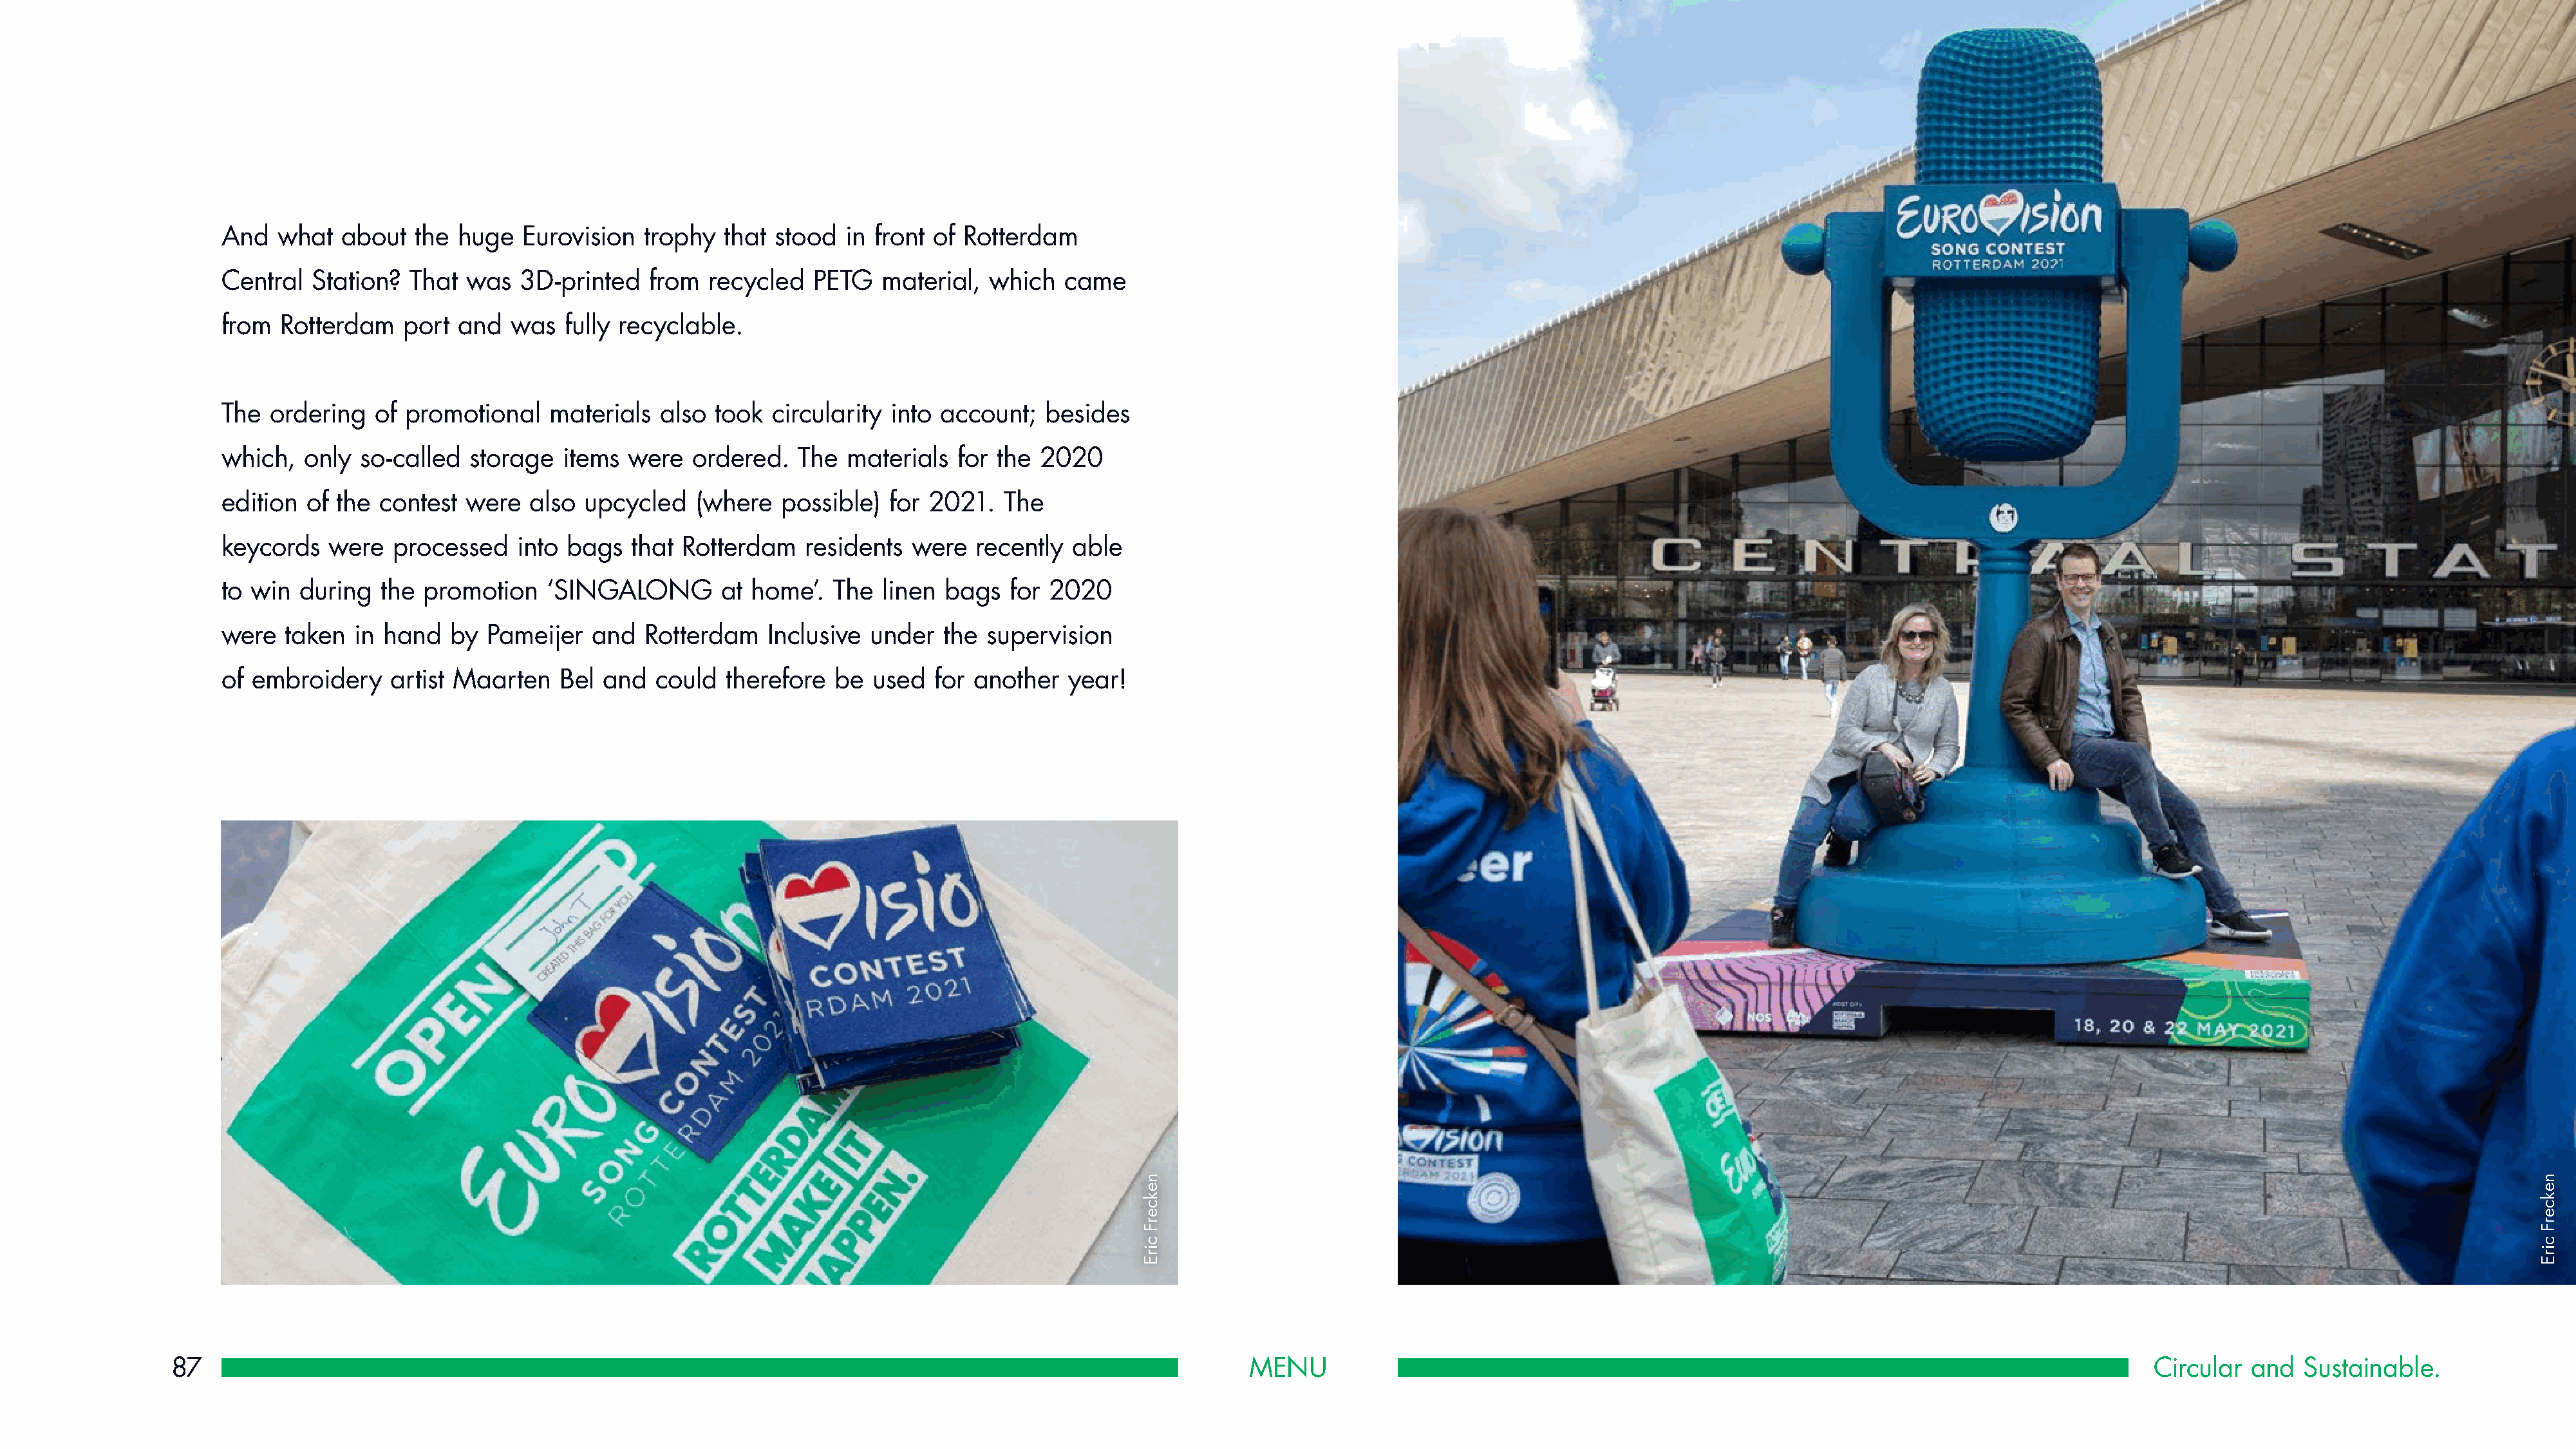
And   what  about   the huge   Eurovision  trophy  that  stood  in front of Rotterdam
 Central  Station?  That  was  3D-printed    from  recycled   PETG   material,  which  came
 from  Rotterdam    port and   was  fully recyclable.
 The  ordering   of promotional    materials  also  took circularity  into account;  besides
 which,  only  so-called  storage   items  were  ordered.   The  materials  for  the 2020
 edition  of the contest  were  also  upcycled    (where  possible)  for 2021.   The
 keycords   were  processed    into bags   that Rotterdam    residents  were  recently  able
 to win  during  the  promotion   ‘SINGALONG        at home’.   The  linen bags   for 2020
 were  taken  in hand   by  Pameijer   and  Rotterdam    Inclusive under   the supervision
 of embroidery    artist Maarten    Bel and  could   therefore  be  used  for another   year!
 87                                                                                                            MENU                                                                                         Circular  and   Sustainable.
 nekcerF
 cirE
 nekcerF
 cirE